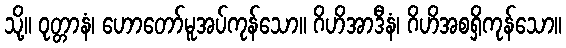
သို့။ ဝုတ္တာနံ၊ ဟောတော်မူအပ်ကုန်သော။ ဂိဟိအာဒီနံ၊ ဂိဟိအစရှိကုန်သော။